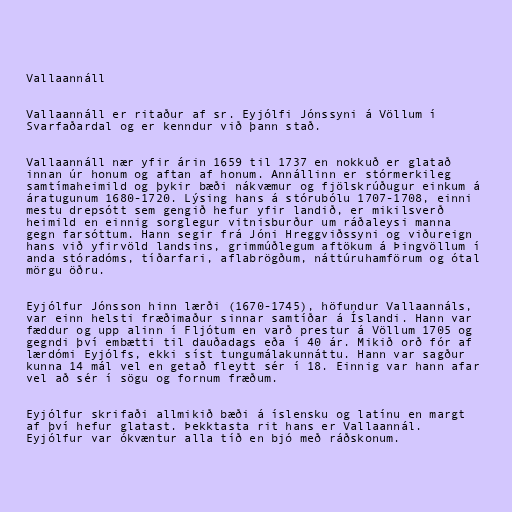
Vallaannáll

Vallaannáll er ritaður af sr. Eyjólfi Jónssyni á Völlum í
Svarfaðardal og er kenndur við þann stað.

Vallaannáll nær yfir árin 1659 til 1737 en nokkuð er glatað
innan úr honum og aftan af honum. Annállinn er stórmerkileg
samtímaheimild og þykir bæði nákvæmur og fjölskrúðugur einkum á
áratugunum 1680-1720. Lýsing hans á stórubólu 1707-1708, einni
mestu drepsótt sem gengið hefur yfir landið, er mikilsverð
heimild en einnig sorglegur vitnisburður um ráðaleysi manna
gegn farsóttum. Hann segir frá Jóni Hreggviðssyni og viðureign
hans við yfirvöld landsins, grimmúðlegum aftökum á Þingvöllum í
anda stóradóms, tíðarfari, aflabrögðum, náttúruhamförum og ótal
mörgu öðru.

Eyjólfur Jónsson hinn lærði (1670-1745), höfundur Vallaannáls,
var einn helsti fræðimaður sinnar samtíðar á Íslandi. Hann var
fæddur og upp alinn í Fljótum en varð prestur á Völlum 1705 og
gegndi því embætti til dauðadags eða í 40 ár. Mikið orð fór af
lærdómi Eyjólfs, ekki síst tungumálakunnáttu. Hann var sagður
kunna 14 mál vel en getað fleytt sér í 18. Einnig var hann afar
vel að sér í sögu og fornum fræðum.

Eyjólfur skrifaði allmikið bæði á íslensku og latínu en margt
af því hefur glatast. Þekktasta rit hans er Vallaannál.
Eyjólfur var ókvæntur alla tíð en bjó með ráðskonum.